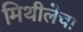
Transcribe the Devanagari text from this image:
मिथीलेचा